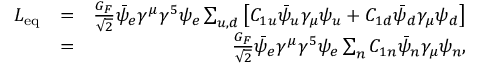
\begin{array} { r l r } { { \cal L } _ { \mathrm { e q } } } & { = } & { \frac { G _ { F } } { \sqrt { 2 } } \bar { \psi } _ { e } \gamma ^ { \mu } \gamma ^ { 5 } \psi _ { e } \sum _ { u , d } \left[ C _ { 1 u } \bar { \psi } _ { u } \gamma _ { \mu } \psi _ { u } + C _ { 1 d } \bar { \psi } _ { d } \gamma _ { \mu } \psi _ { d } \right] } \\ & { = } & { \frac { G _ { F } } { \sqrt { 2 } } \bar { \psi } _ { e } \gamma ^ { \mu } \gamma ^ { 5 } \psi _ { e } \sum _ { n } C _ { 1 n } \bar { \psi } _ { n } \gamma _ { \mu } \psi _ { n } , } \end{array}